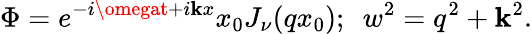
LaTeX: \Phi=e^{-i\omegat+i\mathbf{k}x}x_{0}J_{\nu}(qx_{0});\ \ w^{2}=q^{2}+\mathbf{k}^{2}.